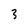
Character: 3